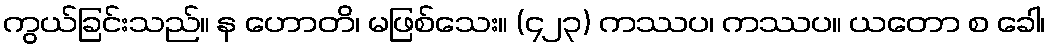
ကွယ်ခြင်းသည်။ န ဟောတိ၊ မဖြစ်သေး။ (၄၂၃) ကဿပ၊ ကဿပ။ ယတော စ ခေါ၊